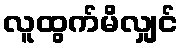
လူထွက်မိလျှင်